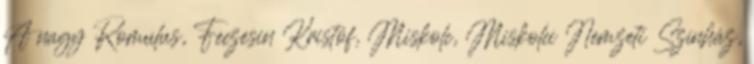
A nagy Romulus, Feczesin Kristóf, Miskolc, Miskolci Nemzeti Színház,